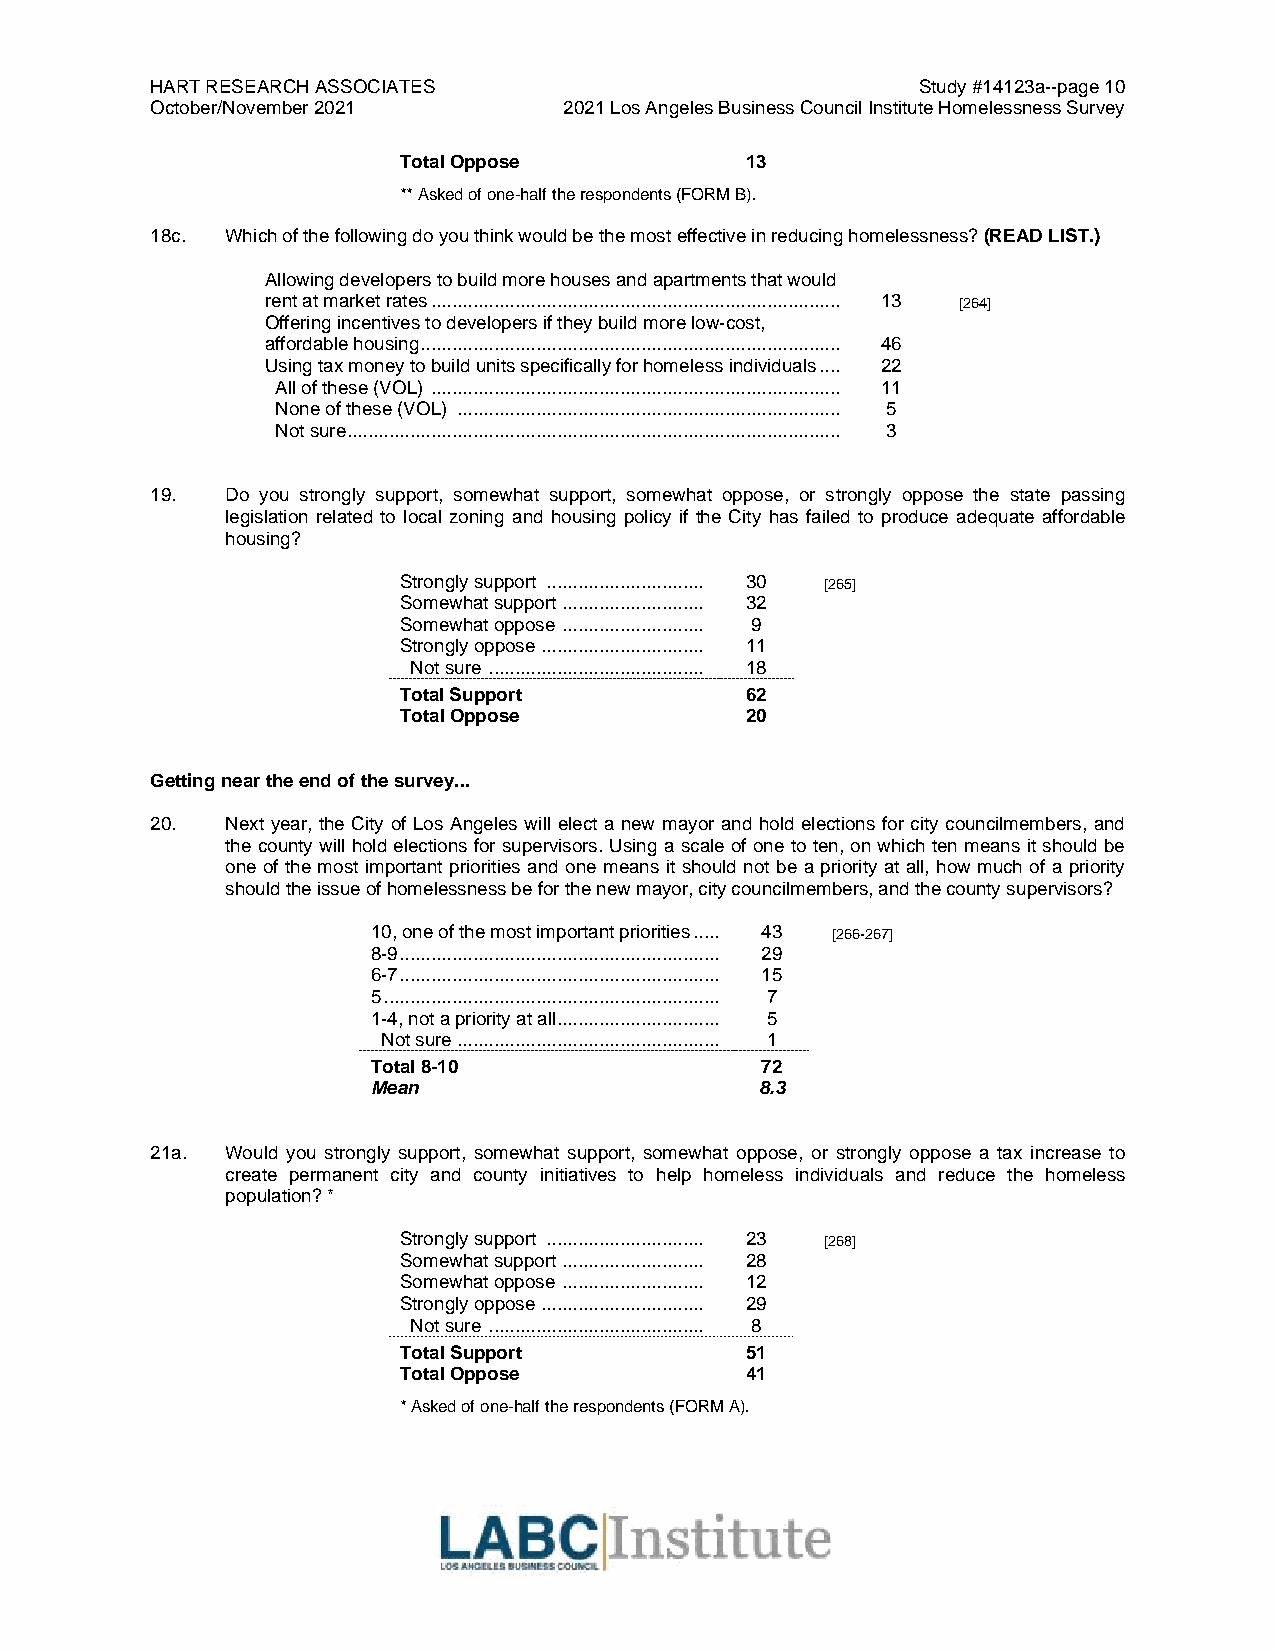
HART RESEARCH ASSOCIATES                           Study #14123a--page 10
 October/November 2021      2021 Los Angeles Business Council Institute Homelessness Survey
 Total Oppose           13
 ** Asked of one-half the respondents (FORM B).
 18c. Which of the following do you think would be the most effective in reducing homelessness? (READ LIST.)
 Allowing developers to build more houses and apartments that would
 rent at market rates .............................................................................. 13 [264]
 Offering incentives to developers if they build more low-cost,
 affordable housing ................................................................................ 46
 Using tax money to build units specifically for homeless individuals .... 22
 All of these (VOL) .............................................................................. 11
 None of these (VOL) ......................................................................... 5
 Not sure .............................................................................................. 3
 19.  Do you strongly support, somewhat support, somewhat oppose, or strongly oppose the state passing
 legislation related to local zoning and housing policy if the City has failed to produce adequate affordable
 housing?
 Strongly support .............................. 30 [265]
 Somewhat support ........................... 32
 Somewhat oppose ........................... 9
 Strongly oppose ............................... 11
 Not sure ......................................... 18
 Total Support          62
 Total Oppose           20
 Getting near the end of the survey...
 20.  Next year, the City of Los Angeles will elect a new mayor and hold elections for city councilmembers, and
 the county will hold elections for supervisors. Using a scale of one to ten, on which ten means it should be
 one of the most important priorities and one means it should not be a priority at all, how much of a priority
 should the issue of homelessness be for the new mayor, city councilmembers, and the county supervisors?
 10, one of the most important priorities ..... 43 [266-267]
 8-9 ............................................................. 29
 6-7 ............................................................. 15
 5 ................................................................ 7
 1-4, not a priority at all ............................... 5
 Not sure .................................................. 1
 Total 8-10               72
 Mean                     8.3
 21a. Would you strongly support, somewhat support, somewhat oppose, or strongly oppose a tax increase to
 create permanent city and county initiatives to help homeless individuals and reduce the homeless
 population? *
 Strongly support .............................. 23 [268]
 Somewhat support ........................... 28
 Somewhat oppose ........................... 12
 Strongly oppose ............................... 29
 Not sure ......................................... 8
 Total Support          51
 Total Oppose           41
 * Asked of one-half the respondents (FORM A).